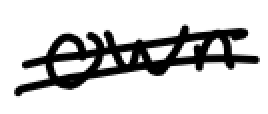
Text: own
Cross-out: double-line
Writing tool: digital_black